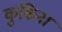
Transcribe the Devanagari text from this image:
कुकिना